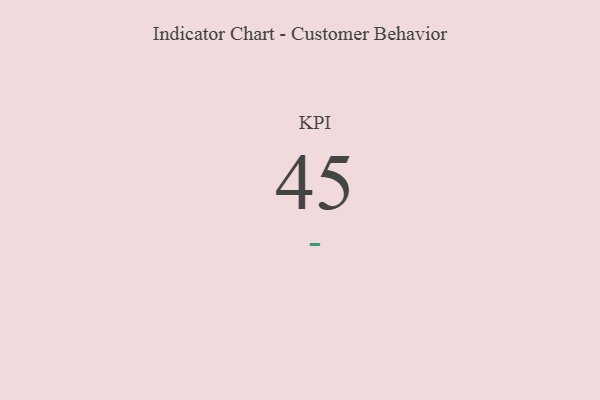
{"axis": {"x": "KPI", "y": "Value"}, "legend": [""], "data": [{"x": "KPI", "y": 45, "type": ""}]}